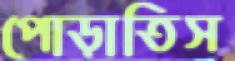
পোড়াতিস